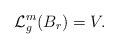
\begin{align*}\mathcal{L}^m_g(B_r) = V.\end{align*}